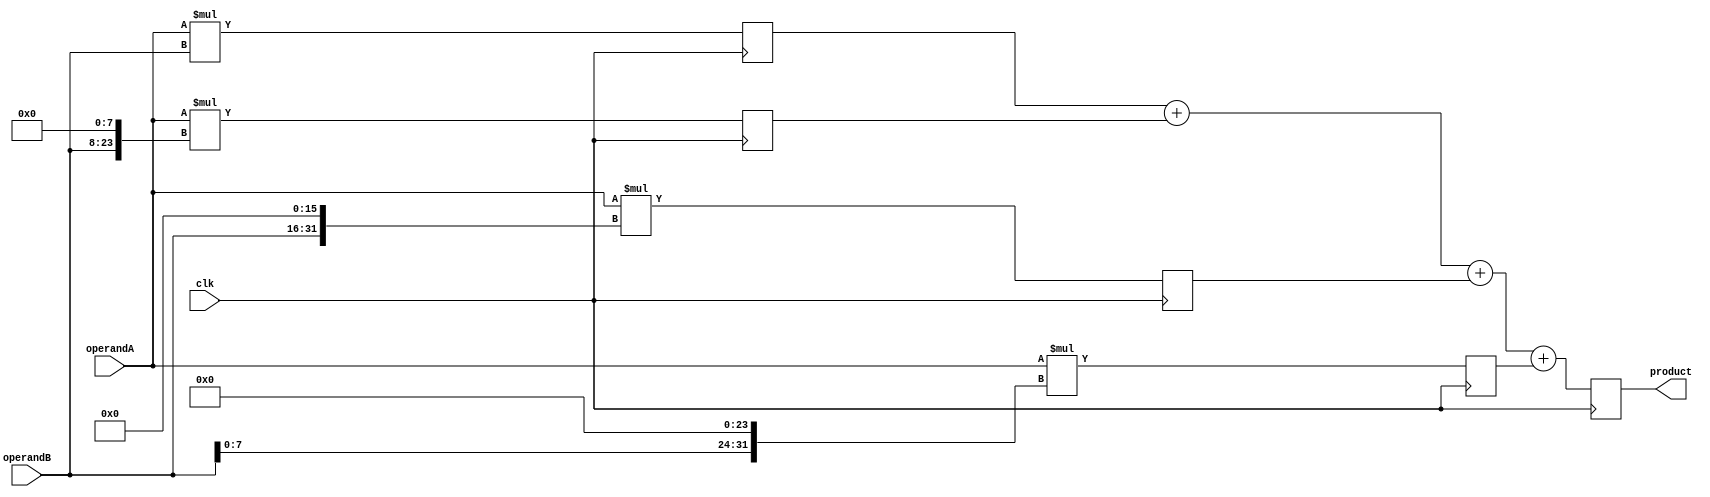
module Radix4_Multiplier (
    input signed [15:0] operandA,
    input signed [15:0] operandB,
    input wire clk,
    output reg signed [31:0] product
);

reg signed [31:0] partial_product [0:3];

always @(posedge clk) begin
    partial_product[0] <= operandA * operandB;
    partial_product[1] <= operandA * (operandB << 8);
    partial_product[2] <= operandA * (operandB << 16);
    partial_product[3] <= operandA * (operandB << 24);
    
    product <= partial_product[0] + partial_product[1] + partial_product[2] + partial_product[3];
end

endmodule